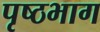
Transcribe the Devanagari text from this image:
पृष्‍ठभाग